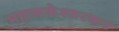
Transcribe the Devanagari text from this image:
महाबळेश्वरकर